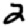
Digit: 2